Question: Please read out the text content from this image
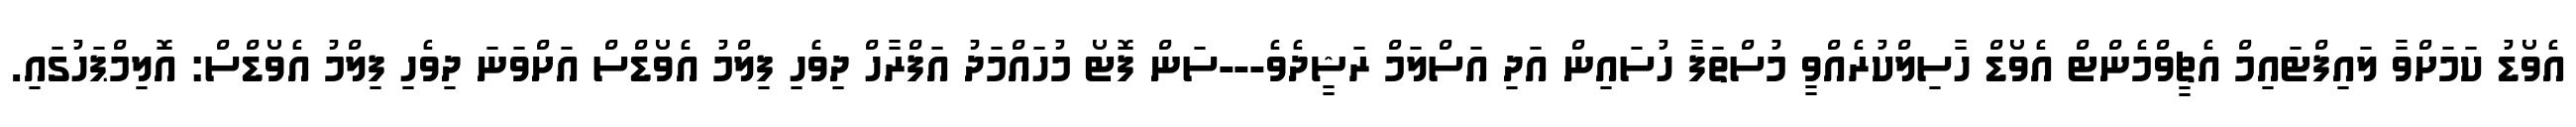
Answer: އެވޯޑު ކަމަށްވާ ލައިފްޓައިމް އެޗީވްމެންޓް އެވޯޑް ހާސިލްކުރެއްވީ މުސްތަފާ ހުސައިން އަދި އަސްލަމް ރަޝީދެވެ---ސަން ފޮޓޯ މުހައްމަދު އަފްރާހް ދިވެހި ފިލްމު އެވޯޑްސް އަށްވަނަ ދިވެހި ފިލްމު އެވޯޑްސް: އޮލިމްޕަހުގައި.